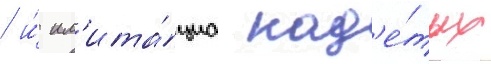
/ и́ им'ита́циа над'е́тых